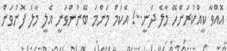
އޮއްވާ ކީއްކުރަންހޭ މާލެ ދަނީ..! އެކަމް މަންމަ ބޭނުންވަނީ އެލީ މާލެ ފޮނުވަން